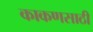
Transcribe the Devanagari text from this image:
काकणसाठी